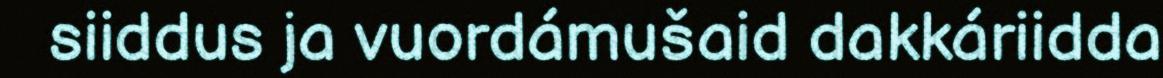
siiddus ja vuordámušaid dakkáriidda